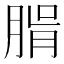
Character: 𦝖